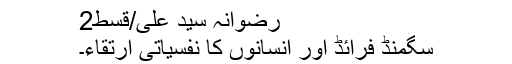
رضوانہ سید علی/قسط2
سگمنڈ فرائڈ اور انسانوں کا نفسیاتی ارتقاء۔